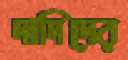
দাদিদের